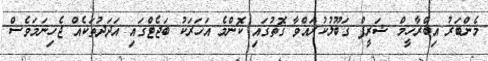
މެންބަރު އިބްރާހީމް ޝަރީފް ގަބޫލުކުރައްވާ ގޮތުގައި ކޮންމެ އަހަރަކު ބަޖެޓްގައި އަދަދުތަކެއް ޖެހިނަމަވެސް